Lunatic asylums Madras 1877-1891 - 1877-1891
Year: 1877
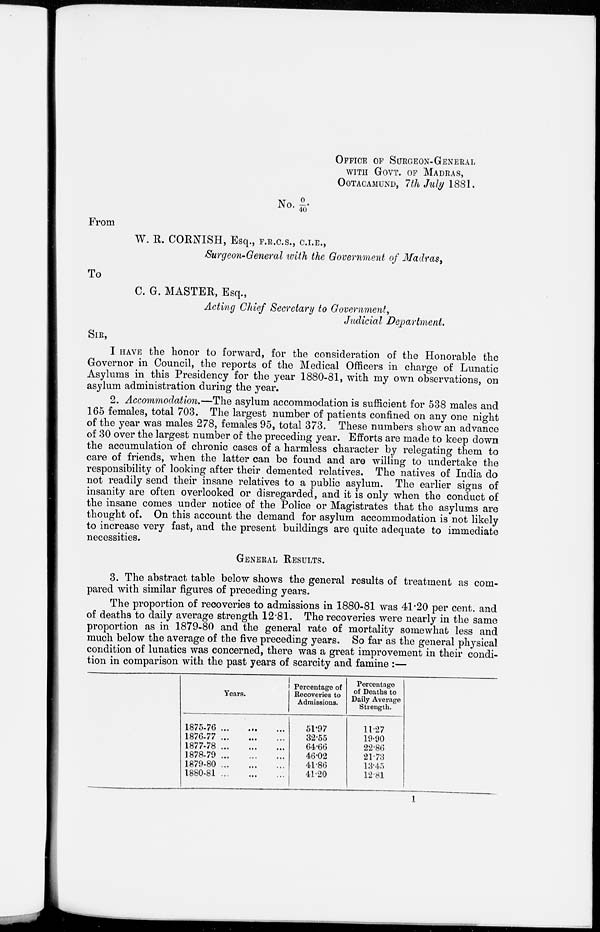
OFFICE OF SUERGEON-GENERAL
WITH GOVT. OF MADRAS,
OOTACAMUND, 7th July 1881.
No.O/40.
From
W. R. CORNISH, Esq., F.R.C.S., C.I.E.,
Surgeon-General with the Government of Madras,
To
C. G. MASTER, Esq.,
Acting Chief Secretary to Government,
Judicial Department.
SIR,
I HAVE the honor to forward, for the consideration of the Honorable the
Governor in Council, the reports of the Medical Officers in charge of Lunatic
Asylums in this Presidency for the year 1880-81, with my own observations, on
asylum administration during the year.
2. Accommodation.—The asylum accommodation is sufficient for 538 males and
165 females, total 703. The largest number of patients confined on any one night
of the year was males 278, females 95, total 373. These numbers show an advance
of 30 over the largest number of the preceding year. Efforts are made to keep down
the accumulation of chronic cases of a harmless character by relegating them to
care of friends, when the latter can be found and are willing to undertake the
responsibility of looking after their demented relatives. The natives of India do
not readily send their insane relatives to a public asylum. The earlier signs of
insanity are often overlooked or disregarded, and it is only when the conduct of
the insane comes under notice of the Police or Magistrates that the asylums are
thought of. On this account the demand for asylum accommodation is not likely
to increase very fast, and the present buildings are quite adequate to immediate
necessities.
GENERAL RESULTS.
3. The abstract table below shows the general results of treatment as com-
pared with similar figures of preceding years.
The proportion of recoveries to admissions in 1880-81 was 41.20 per cent, and
of deaths to daily average strength 12.81. The recoveries were nearly in the same
proportion as in 1879-80 and the general rate of mortality somewhat less and
much below the average of the five preceding years. So far as the general physical
condition of lunatics was concerned, there was a great improvement in their condi-
tion in comparison with the past years of scarcity and famine :—
Years.
1875-76 ... ... ...
1876-77
...
...
...
1877-78
...
...
...
1878-79
...
...
...
1879-80...
...
...
1880-81
...
...
...
Percentage of
Recoveries to
Admissions.
51.97
32.55
64.66
46.02
41.86
41.20
Percentage
of Deaths to
Daily Average
Strength.
11.27
19.90
22.86
21.73
13.45
12.81
1